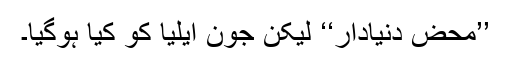
’’محض دنیادار‘‘ لیکن جون ایلیا کو کیا ہوگیا۔